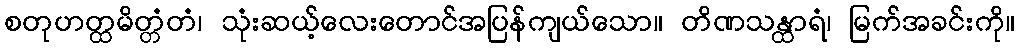
စတုဟတ္ထမိတ္တံတံ၊ သုံးဆယ့်လေးတောင်အပြန်ကျယ်သော။ တိဏသန္ထာရံ၊ မြက်အခင်းကို။